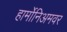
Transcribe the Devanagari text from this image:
हार्मोनिअमवर